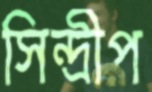
সিন্দ্রীপ